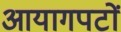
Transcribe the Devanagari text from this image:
आयागपटों